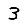
Digit: 3